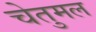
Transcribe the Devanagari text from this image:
चेतुमल